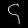
Digit: ၄